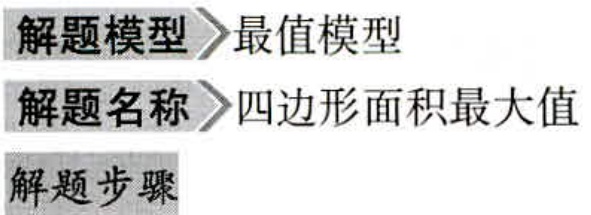
解题模型 > 最值模型
解题名称 > 四边形面积最大值
解题步骤